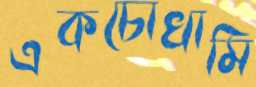
একচোখামি